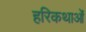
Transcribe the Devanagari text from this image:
हरिकथाओं